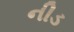
નીડ